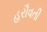
હરૌવતી